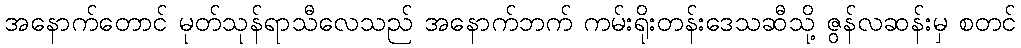
အနောက်တောင် မုတ်သုန်ရာသီလေသည် အနောက်ဘက် ကမ်းရိုးတန်းဒေသဆီသို့ ဇွန်လဆန်းမှ စတင်